NAE_Eesti_seltside_protokollid_1900-1917, lk 35
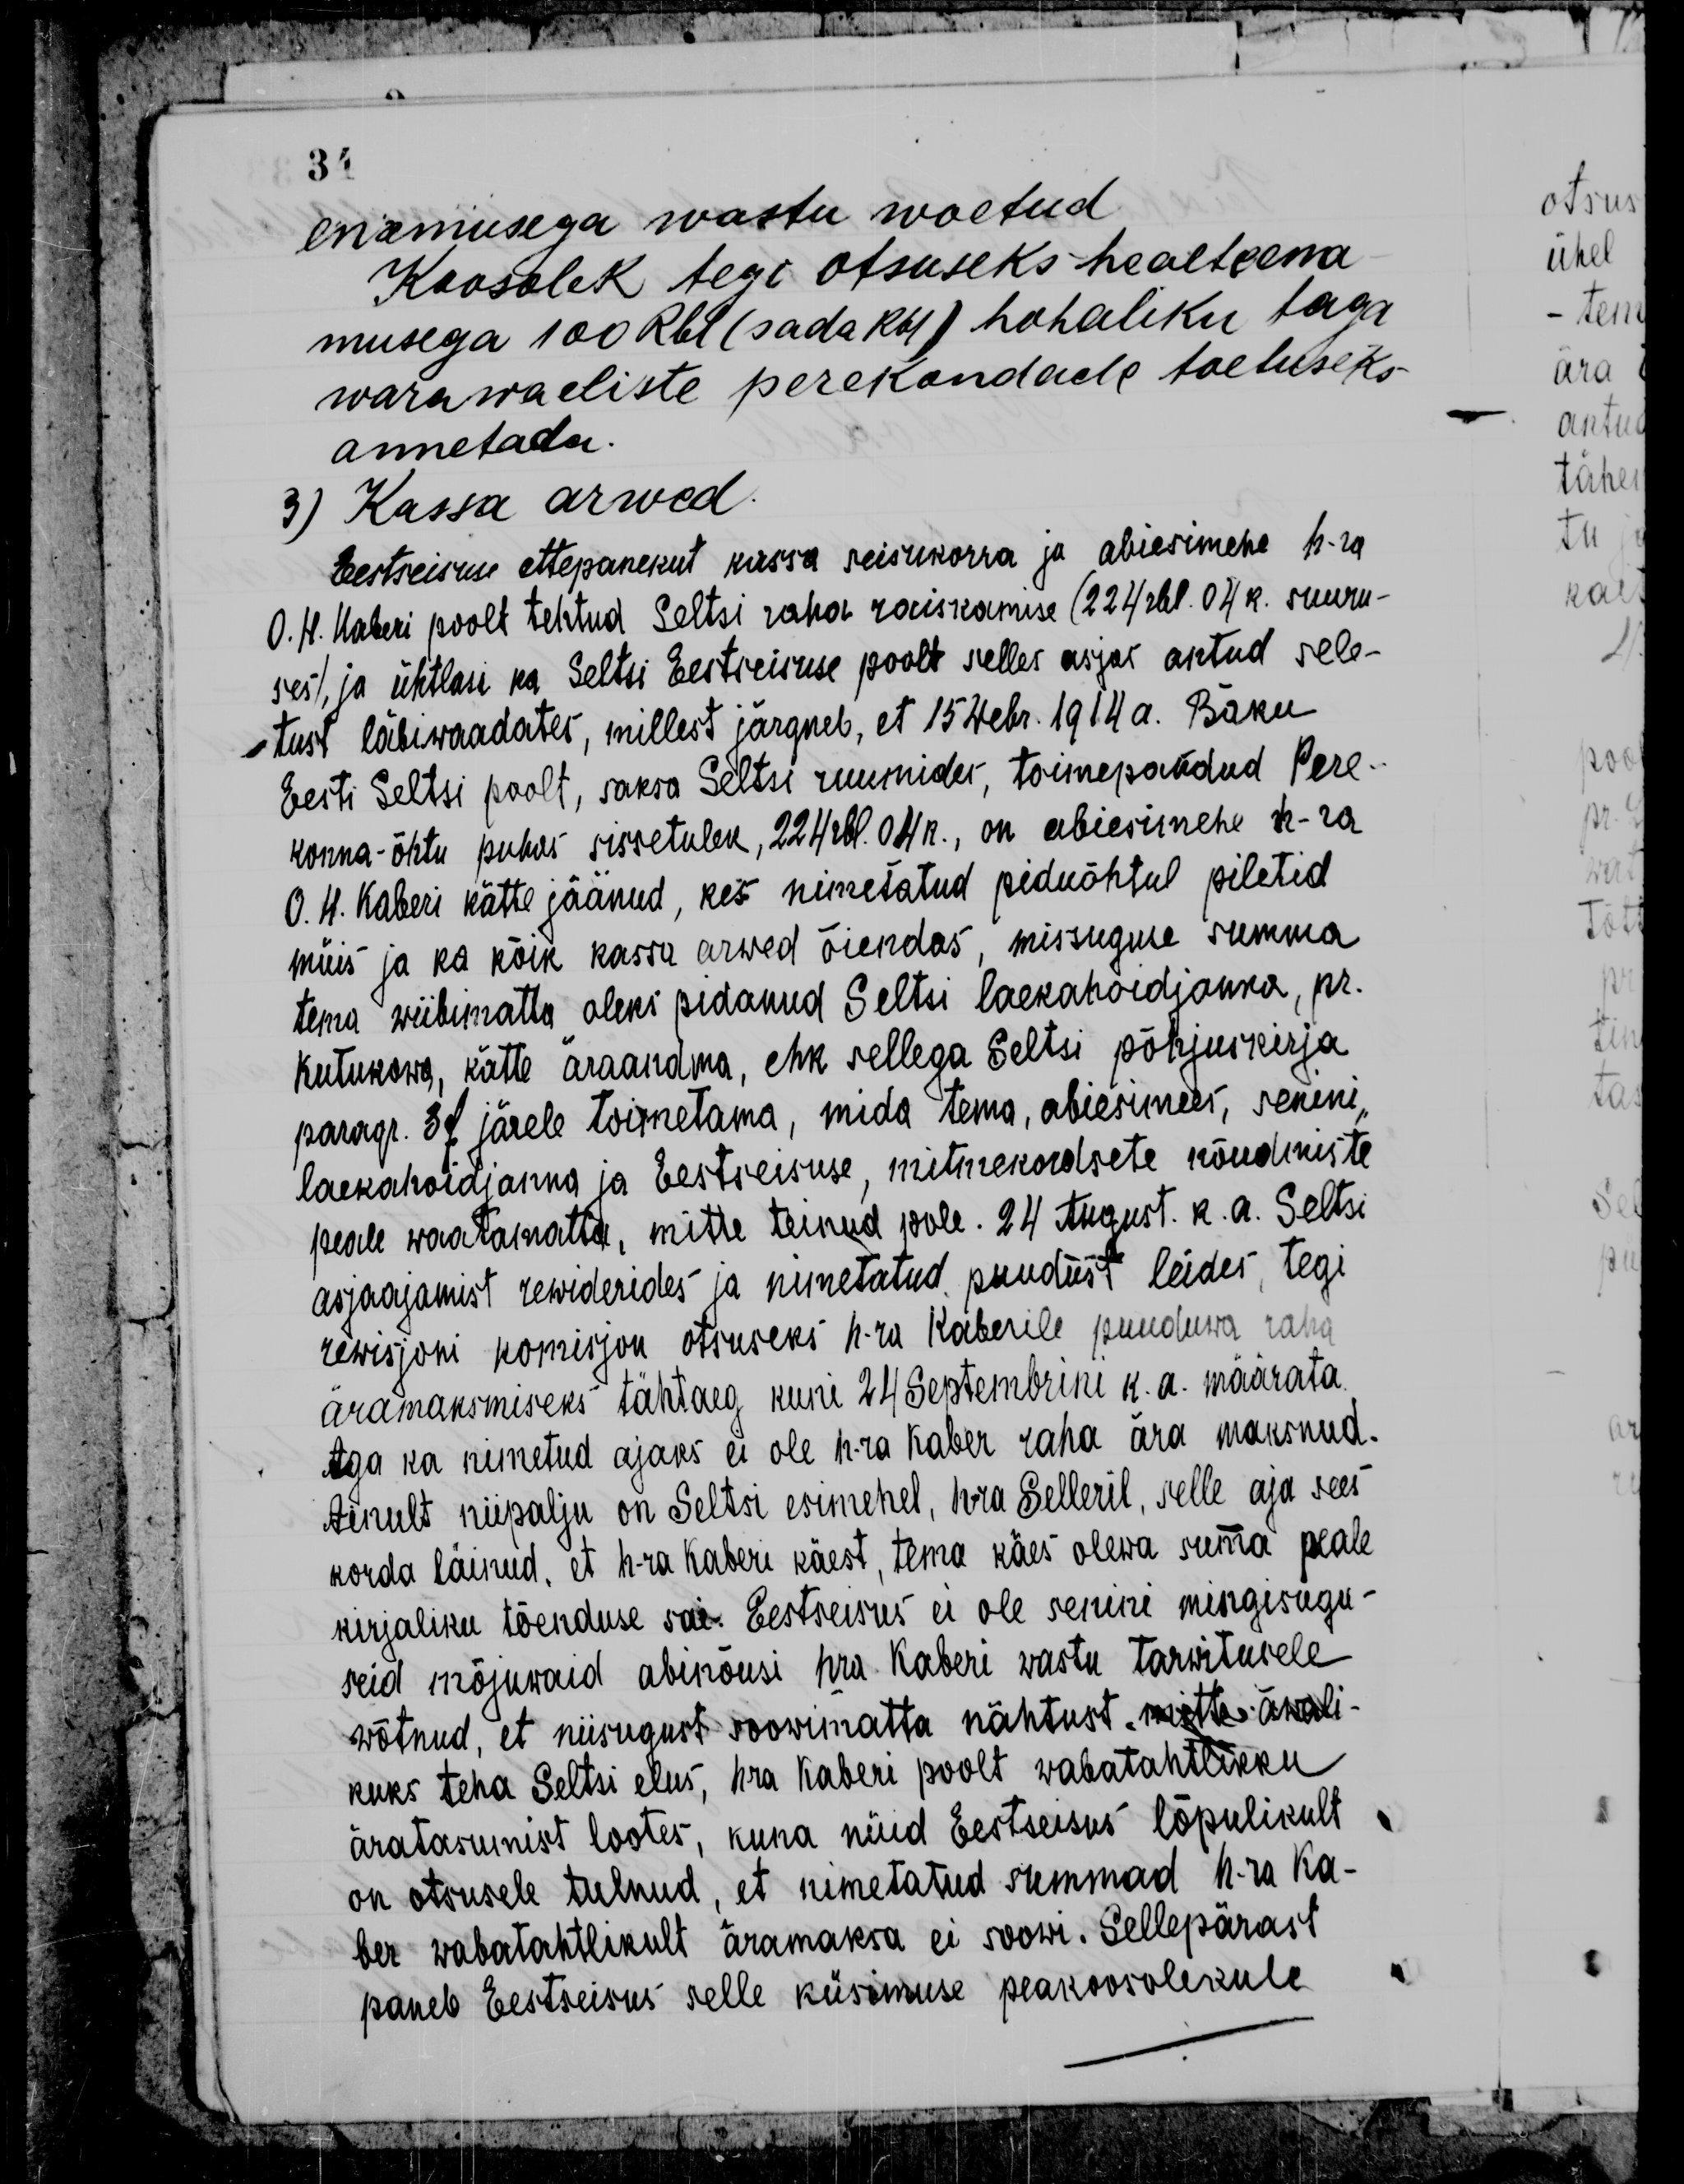
enamusega wastu woetud
Koosolek tegi otsuseks healteena
musega 100 Rbl (sada Rbl) kohaliku taga
warawaeliste perekondade toetuseks
annetada
3) Kassa arwed.
Eestseisuse ettepanekut kassa seisukorra ja abiesimehe h.-ra
O.H. Kaberi poolt tehtud Seltsi raha raiskamise (224 rbl. 04k. suuru-
ses), ja ühtlasi ka Seltsi Eestseisuse poolt selles asjas antud sele-
tust läbiwaadates, millest järgneb, et 15 Webr. 1914a. Baku
Eesti Seltsi poolt, saksa Seltsi ruumides, toimepandud Pere-
konna-õhtu puhas sissetulek, 224 rbl. 04k., on abiesimehe h-ra
O. H. Kaberi kätte jäänud, kes nimetatud piduõhtul piletid
müis ja ka kõik kassa arwed õiendas, miisuguse summa
tema wiibimatta oleks pidanud Seltsi laekahoidjanna, pr.
Kutukowa, kätte äraandma, ehk sellega Seltsi põhjuskirja
paragr. 37 järele toimetama, mida tema, abiesimees, senini
laekahoidjanna ja Eestseisuse, mitmekordsete nõudmiste
peale vaatamatta, mitte teinud pole. 24. August. k a. Seltsi
asjaajamist rewiderides ja nimetatud puudust leides, tegi
rewisjoni komisjon otsuseks h-ra Kaberile puuduwa raha
äramaksmiseks tähtaeg kuni 24 Septembrini k.a. määrata
Aga ka nimetud ajaks ei ole h-ra Kaber raha ära maksnud
Ainult niipalju on Seltsi esimehel, hra Selleril, selle aja sees
korda läinud, et h-ra Kaberi käest, tema käes olewa summa peale
kirjaliku tõenduse sai. Eestseisus ei ole senini mingisugu-
seid mõjuwaid abinõusi hra Kaberi wastu tarwitusele
wõtnud, et niisugust soowimatta nähtust, mitte awali-
kuks teha Seltsi elus, hra Kaberi poolt wabatahtlikku
äratasumist lootes, kuna nüid Eestseisus lõpulikult
on otsusele tulnud, et nimetatud summad h-ra Ka-
ber wabatahtlikult äramaksa ei soowi. Sellepärast
paneb Eestseisus selle küsimuse peakoosolekule